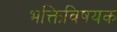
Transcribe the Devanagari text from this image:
भक्तिविषयक